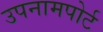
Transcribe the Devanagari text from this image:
उपनामपोर्ट